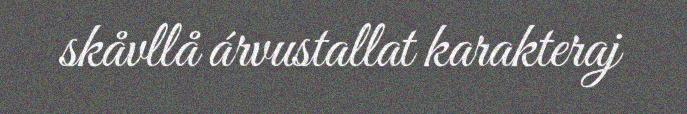
skåvllå árvustallat karakteraj